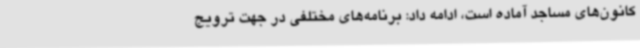
کانون‌های مساجد آماده است، ادامه داد: برنامه‌های مختلفی در جهت ترویج